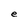
Character: e